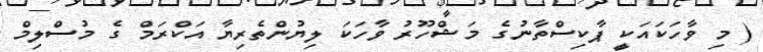
( މި ވާހަކައަކީ ޕާކިސްތާނުގެ މަޝްހޫރު ވާހަކަ ލިޔުންތެރިޔާ އަކްރަމް ގެ މުސްލިމް